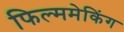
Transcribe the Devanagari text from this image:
फिल्ममेकिंग